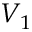
V _ { 1 }